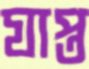
যাপ্ত